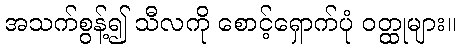
အသက်စွန့်၍ သီလကို စောင့်ရှောက်ပုံ ဝတ္ထုများ။